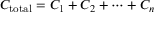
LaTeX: C _ { \mathrm { t o t a l } } = C _ { 1 } + C _ { 2 } + \cdots + C _ { n }